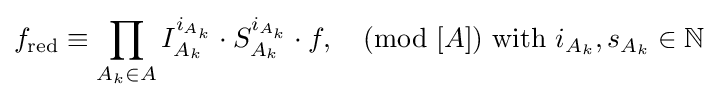
f_{\text{red}}\equiv \prod _{A_{k}\in A}I_{A_{k}}^{i_{A_{k}}}\cdot S_{A_{k}}^{i_{A_{k}}}\cdot f,{\pmod {[A]}}{\text{  with  }}i_{A_{k}},s_{A_{k}}\in \mathbb {N}